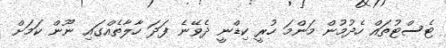
ޓެސްޓުތައް ހެދުމުން މަންމަ ހުރީ ކިޑްނީ ދެވޭނެ ފަދަ ހާލާތެއްގައި ނޫން ކަމަށް